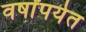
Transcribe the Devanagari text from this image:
वर्षांपर्यत